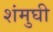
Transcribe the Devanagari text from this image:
शंमुघी